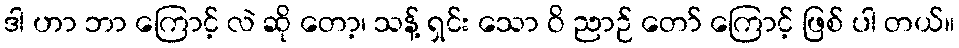
ဒါ ဟာ ဘာ ကြောင့် လဲ ဆို တော့၊ သန့် ရှင်း သော ဝိ ညာဉ် တော် ကြောင့် ဖြစ် ပါ တယ်။